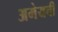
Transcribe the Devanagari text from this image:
अमेयची